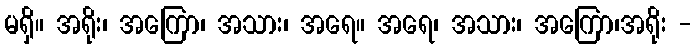
မရှိ။ အရိုး၊ အကြော၊ အသား၊ အရေ။ အရေ၊ အသား၊ အကြော၊အရိုး -